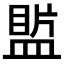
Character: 𥂄